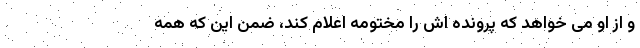
و از او می خواهد که پرونده اش را مختومه اعلام کند، ضمن این که همه